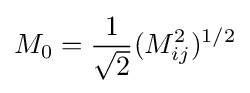
M_{0}={\frac {1}{\sqrt {2}}}(M_{ij}^{2})^{1/2}